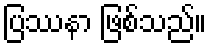
ပြဿနာ ဖြစ်သည်။